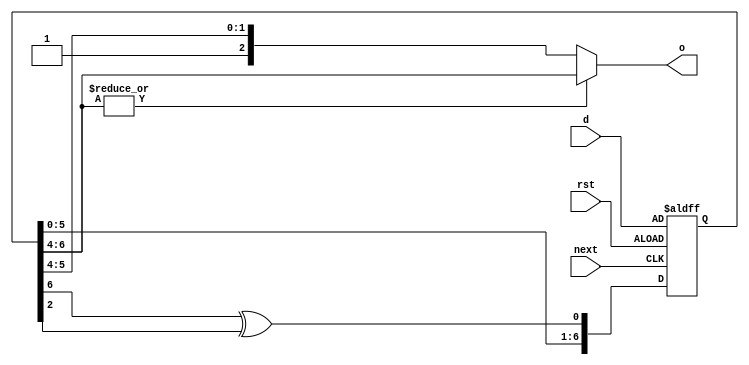
module pseudo_random_number_generator#(parameter W = 2) (
    input next, rst,
    input [6:0] d,
    output [W:0] o
);

reg [6:0] q;
wire [6:0] w;

assign w = q >> (6 - W);
assign o = ~|w[W:0] ? {1'b1, q[5:6-W]}: w[W:0];

always @(posedge next or posedge rst)
    if (rst) q <= d;
    else q <= {q[5:0], q[6] ^ q[2]};
    
endmodule